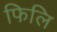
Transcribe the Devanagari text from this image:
फिलि